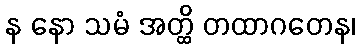
န နော သမံ အတ္ထိ တထာဂတေန၊